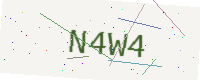
Text: N4W4